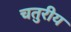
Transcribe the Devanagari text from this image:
चतुरीय